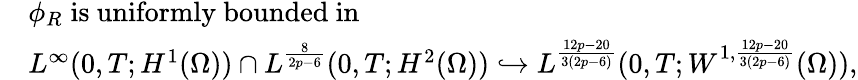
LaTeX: \begin{array}{rl}&{\phi_{R}\; \mathrm{is~uniformly~bounded~in}\; }\\ &{L^{\infty}(0,T;H^{1}(\Omega))\cap L^{\frac{8}{2p-6}}(0,T;H^{2}(\Omega))\hookrightarrow L^{\frac{12p-20}{3(2p-6)}}(0,T;W^{1,\frac{12p-20}{3(2p-6)}}(\Omega)),}\end{array}